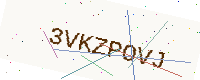
Text: 3VKZPOVJ